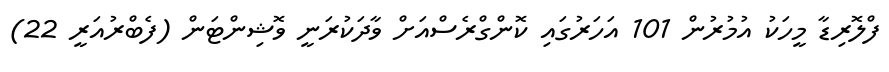
ފްލޮރިޑާ މީހަކު އުމުރުން 101 އަހަރުގައި ކޮންގްރެސްއަށް ވާދަކުރަނީ ވޮޝިންޓަން (ފެބްރުއަރީ 22)